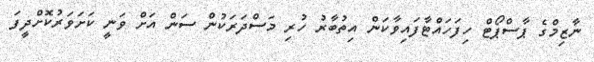
ނާޒިމްގެ ޕާސްޕޯޓް ހިފަހައްޓާފައިވާކަން އިތުބާރު ހުރި މަސްދަރަކުން ސަން އަށް ވަނީ ކަށަވަރުކޮށްދީފަ